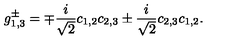
g _ { 1 , 3 } ^ { \pm } = \mp \frac { i } { \sqrt { 2 } } c _ { 1 , 2 } c _ { 2 , 3 } \pm \frac { i } { \sqrt { 2 } } c _ { 2 , 3 } c _ { 1 , 2 } .